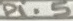
Text: P1.5